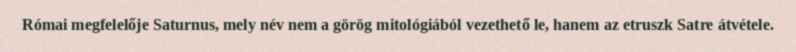
Római megfelelője Saturnus, mely név nem a görög mitológiából vezethető le, hanem az etruszk Satre átvétele.